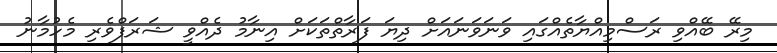
މިރޭ ބޭއްވި ރަސްމިއްޔާތެއްގައި ވަނަވަނައަށް ދިޔަ ފަރާތްތަކަށް އިނާމު ދެއްވީ ޝަރަފްވެރި މެހުމާނު